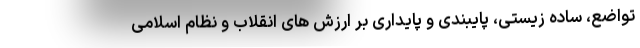
تواضع، ساده زیستی، پایبندی و پایداری بر ارزش های انقلاب و نظام اسلامی